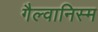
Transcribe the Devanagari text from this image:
गैल्वानिस्म